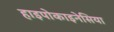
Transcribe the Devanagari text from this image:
हाइपोकाइनेसिया